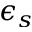
\epsilon _ { s }